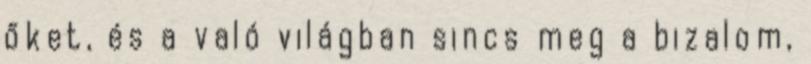
őket, és a való világban sincs meg a bizalom,